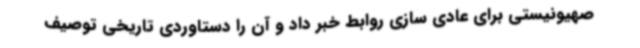
صهیونیستی برای عادی سازی روابط خبر داد و آن را دستاوردی تاریخی توصیف